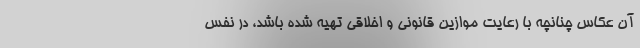
آن عکاس چنانچه با رعایت موازین قانونی و اخلاقی تهیه شده باشد، در نفس